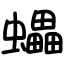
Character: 蠝